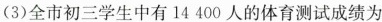
(3)全市初三学生中有14400人的体育测试成绩为